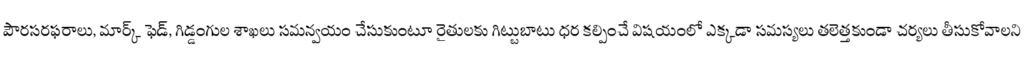
పౌరసరఫరాలు, మార్క్ ఫెడ్, గిడ్డంగుల శాఖలు సమన్వయం చేసుకుంటూ రైతులకు గిట్టుబాటు ధర కల్పించే విషయంలో ఎక్కడా సమస్యలు తలెత్తకుండా చర్యలు తీసుకోవాలని